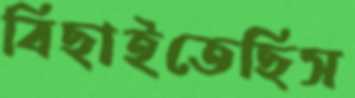
বিছাইতেছিস